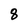
Character: 8